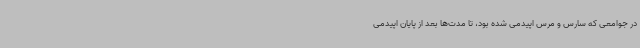
در جوامعی که سارس و مرس اپیدمی شده بود، تا مدت‌ها بعد از پایان اپیدمی